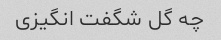
چه گل شگفت انگیزی